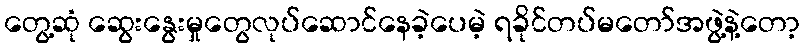
တွေ့ဆုံ ဆွေးနွေးမှုတွေလုပ်ဆောင်နေခဲ့ပေမဲ့ ရခိုင်တပ်မတော်အဖွဲ့နဲ့တော့